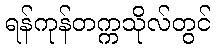
ရန်ကုန်တက္ကသိုလ်တွင်